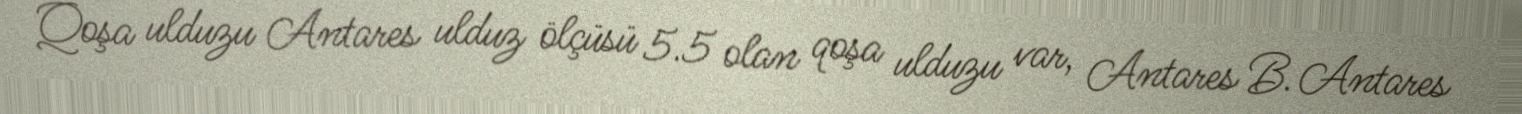
Qoşa ulduzu Antares ulduz ölçüsü 5.5 olan qoşa ulduzu var, Antares B. Antares